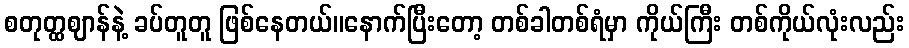
စတုတ္ထဈာန်နဲ့ ခပ်တူတူ ဖြစ်နေတယ်။နောက်ပြီးတော့ တစ်ခါတစ်ရံမှာ ကိုယ်ကြီး တစ်ကိုယ်လုံးလည်း